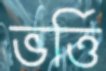
ভর্ত্তি